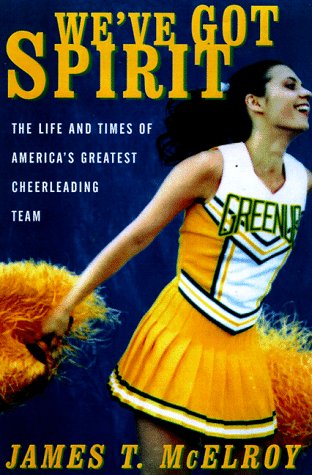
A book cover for We've Got Spirit : The Life and Times of America's Greatest Cheerleading Team; James T. Mcelroy; Sports & Outdoors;